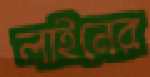
লাইনের